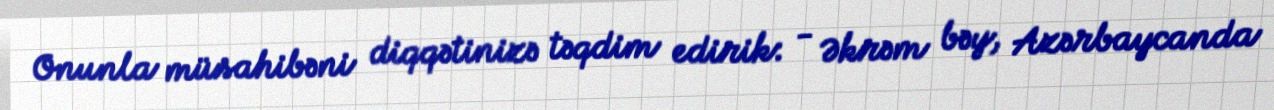
Onunla müsahibəni diqqətinizə təqdim edirik: - Əkrəm bəy, Azərbaycanda